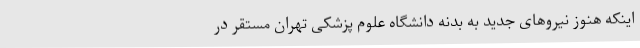
اینکه هنوز نیروهای جدید به بدنه دانشگاه علوم پزشکی تهران مستقر در